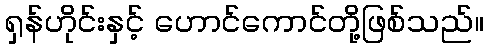
ရှန်ဟိုင်းနှင့် ဟောင်ကောင်တို့ဖြစ်သည်။